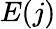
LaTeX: E(j)